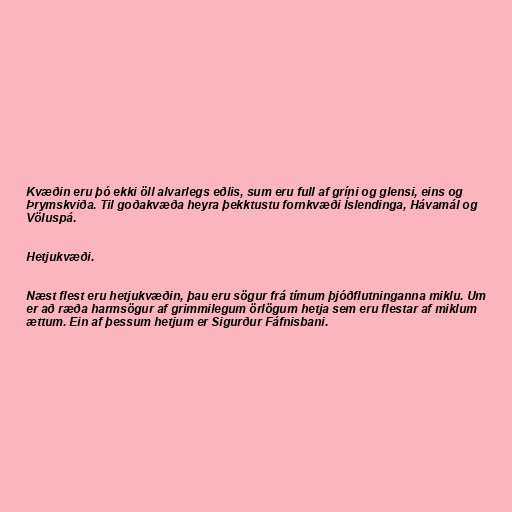
Kvæðin eru þó ekki öll alvarlegs eðlis, sum eru full af gríni og glensi, eins og
Þrymskviða. Til goðakvæða heyra þekktustu fornkvæði Íslendinga, Hávamál og
Völuspá.

Hetjukvæði.

Næst flest eru hetjukvæðin, þau eru sögur frá tímum þjóðflutninganna miklu. Um
er að ræða harmsögur af grimmilegum örlögum hetja sem eru flestar af miklum
ættum. Ein af þessum hetjum er Sigurður Fáfnisbani.